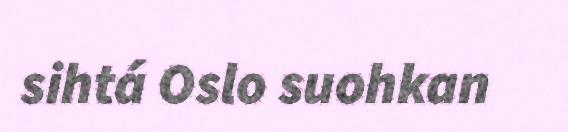
sihtá Oslo suohkan